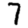
Digit: 7